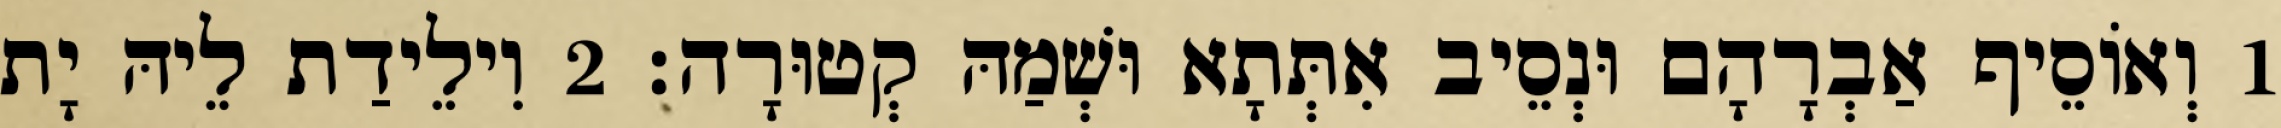
1 וְאוֹסֵיף אַבְרָהָם וּנְסֵיב אִתְּתָא וּשְׁמַהּ קְטוּרָה׃ 2 וִילֵידַת לֵיהּ יָת